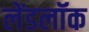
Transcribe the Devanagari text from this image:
लेंडलॉक